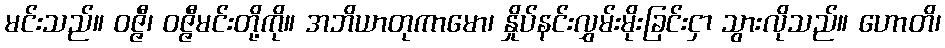
မင်းသည်။ ဝဇ္ဇီ၊ ဝဇ္ဇီမင်းတို့ကို။ အဘိယာတုကာမော၊ နှိုပ်နင်းလွှမ်းမိုးခြင်းငှာ သွားလိုသည်။ ဟောတိ၊